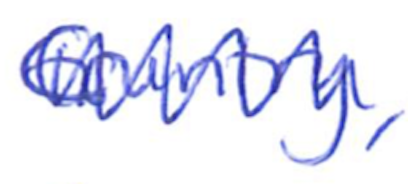
Text: Country,
Cross-out: zig-zag
Writing tool: ballpoint